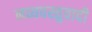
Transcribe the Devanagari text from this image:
नव्यवस्तुवादी